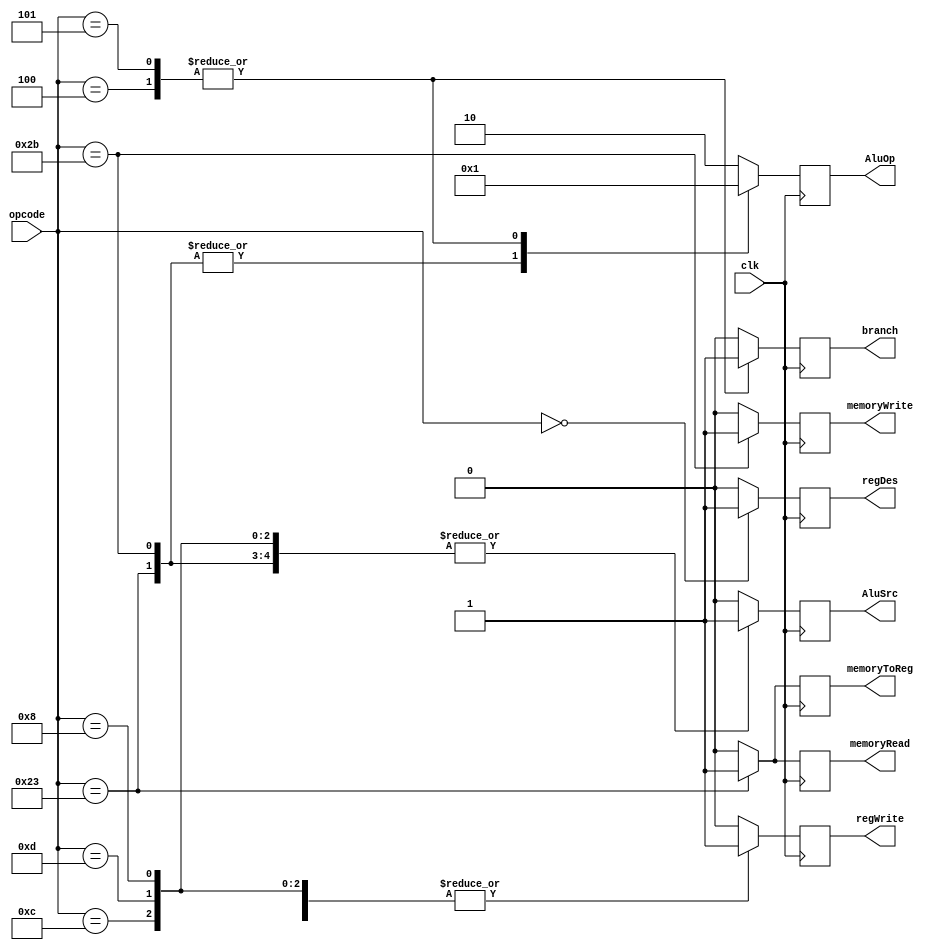
module Maincontroller(clk, opcode, regDes, branch, memoryRead, memoryToReg, AluOp, memoryWrite, AluSrc, regWrite);

input clk;
input [5:0] opcode;
output reg regDes;
output reg memoryRead;
output reg branch;
output reg memoryToReg;
output reg [1:0] AluOp;
output reg memoryWrite;
output reg AluSrc;
output reg regWrite;

always@(posedge clk) begin

//default values to avoid mix of control signals
AluOp[1:0]<= 2'b10;
regDes	<= 1'b0;
branch	<= 1'b0;
memoryRead	<= 1'b0;
memoryToReg	<= 1'b0;
memoryWrite	<= 1'b0;
AluSrc	<= 1'b0;
regWrite	<= 1'b0;

case (opcode)
6'b000000://r-type
begin
regDes <=1'b1;
regWrite <=1'b1;

//reset
AluOp[1:0]	<= 2'b10;
branch	<= 1'b0;
memoryRead	<= 1'b0;
memoryToReg	<= 1'b0;
memoryWrite	<= 1'b0;
AluSrc	<= 1'b0;
end

6'b100011:begin//lw
 AluOp <=2'b00;
 memoryRead <=1'b1;
 memoryToReg <=1'b1;
 AluSrc <=1'b1;
 regWrite <=1'b1;
 //reset
 regDes	<= 1'b0;
 branch	<= 1'b0;
 memoryWrite	<= 1'b0;
 end

6'b101011:begin//sw
AluOp <=2'b00;
memoryWrite <=1'b1;
AluSrc <=1'b1;
//reset
regDes	<= 1'b0;
branch	<= 1'b0;
memoryRead	<= 1'b0;
memoryToReg	<= 1'b0;
regWrite	<= 1'b0;

        end
6'b001100:begin//andi
regWrite <=1'b1;
AluSrc <=1'b1;

// reset
AluOp[1:0]	<= 2'b10;
regDes	<= 1'b0;
branch	<= 1'b0;
memoryRead	<= 1'b0;
memoryToReg	<= 1'b0;
memoryWrite	<= 1'b0;

 end

6'b001101:begin//ori
regWrite <=1'b1;
AluSrc <=1'b1;

// reset
AluOp[1:0]	<= 2'b10;
regDes	<= 1'b0;
branch	<= 1'b0;
memoryRead	<= 1'b0;
memoryToReg	<= 1'b0;
memoryWrite	<= 1'b0;
end


6'b000100:begin//branch-eq
AluOp <=2'b01;
branch <=1'b1;


// reset
regDes	<= 1'b0;
memoryRead	<= 1'b0;
memoryToReg	<= 1'b0;
memoryWrite	<= 1'b0;
AluSrc	<= 1'b0;
regWrite	<= 1'b0;

end

6'b000101:
begin//branch-ne
AluOp <=2'b01;
branch <=1'b1;

// reset
regDes	<= 1'b0;
memoryRead	<= 1'b0;
memoryToReg	<= 1'b0;
memoryWrite	<= 1'b0;
AluSrc	<= 1'b0;
regWrite	<= 1'b0;
end

6'b001000:begin//addi
regWrite <=1'b1;
AluSrc <=1'b1;

// reset
AluOp[1:0]	<= 2'b10;
regDes	<= 1'b0;
branch	<= 1'b0;
memoryRead	<= 1'b0;
memoryToReg	<= 1'b0;
memoryWrite	<= 1'b0;
end
endcase
end
endmodule